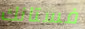
فستانك